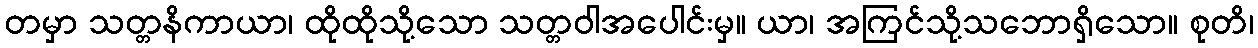
တမှာ သတ္တနိကာယာ၊ ထိုထိုသို့သော သတ္တဝါအပေါင်းမှ။ ယာ၊ အကြင်သို့သဘောရှိသော။ စုတိ၊